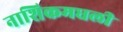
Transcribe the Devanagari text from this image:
नाशिकमधली